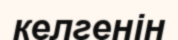
келгенін